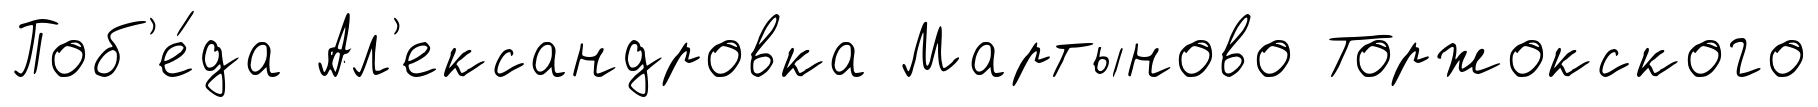
Поб'е́да Ал'ександровка Мартыново Торжокского